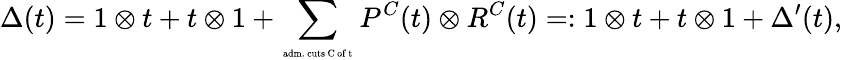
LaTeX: \Delta(t)=1\otimes t+t\otimes 1+\sum_{\mathrm{\tiny~adm.~cuts~C~of~t~}}P^{C}(t)\otimes R^{C}(t)=:1\otimes t+t\otimes 1+\Delta^{\prime}(t),